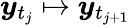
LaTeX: \boldsymbol{y}_{t_{j}}\mapsto\boldsymbol{y}_{t_{j+1}}